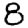
Digit: 8